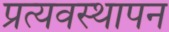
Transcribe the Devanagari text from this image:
प्रत्यवस्थापन